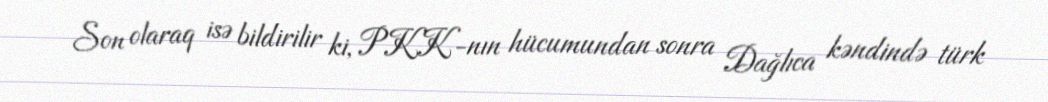
Son olaraq isə bildirilir ki, PKK-nın hücumundan sonra Dağlıca kəndində türk